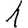
Digit: 1